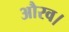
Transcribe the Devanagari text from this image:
औरव।